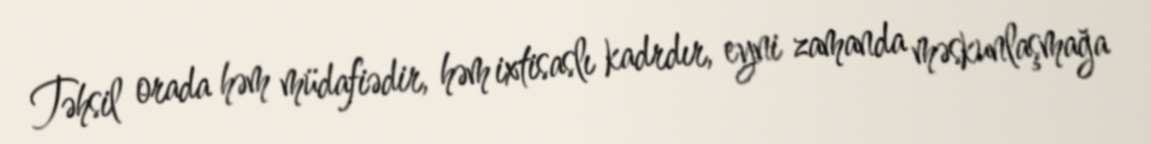
Təhsil orada həm müdafiədir, həm ixtisaslı kadrdır, eyni zamanda məskunlaşmağa